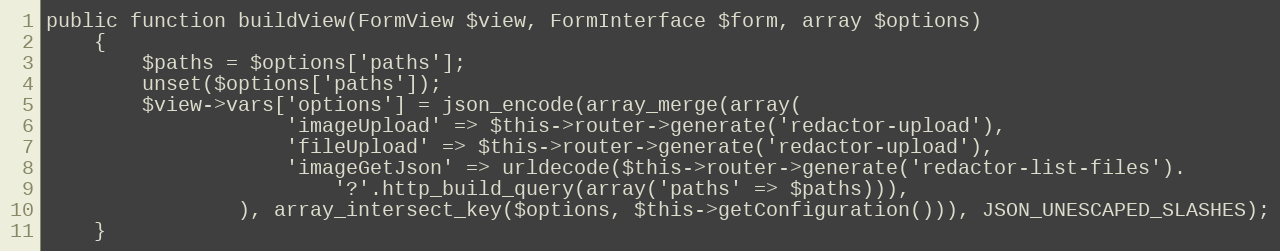
Language: PHP
public function buildView(FormView $view, FormInterface $form, array $options)
    {
        $paths = $options['paths'];
        unset($options['paths']);
        $view->vars['options'] = json_encode(array_merge(array(
                    'imageUpload' => $this->router->generate('redactor-upload'),
                    'fileUpload' => $this->router->generate('redactor-upload'),
                    'imageGetJson' => urldecode($this->router->generate('redactor-list-files').
                        '?'.http_build_query(array('paths' => $paths))),
                ), array_intersect_key($options, $this->getConfiguration())), JSON_UNESCAPED_SLASHES);
    }